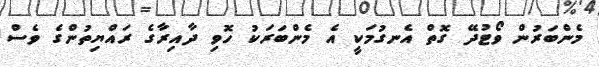
މެންބަރުން ވޯޓުދޭ ގޮތް އެނގުމަކީ އެ މެންބަރަކު ހޮވި ދާއިރާގެ ރައްޔިތުންގެ ވެސް